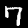
Digit: 7